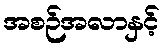
အစဉ်အလာနှင့်